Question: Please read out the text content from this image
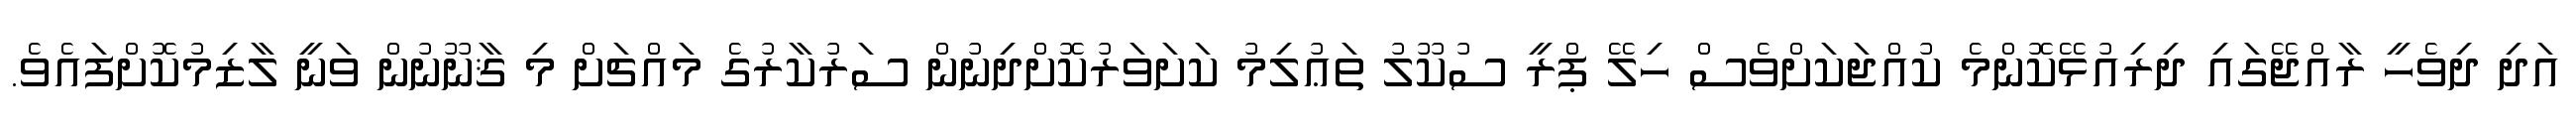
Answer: އަދި ދިވެހީ ރާއްޖޭގައި ދިރިއުޅޭކޮންމެ ކުއްޖަކަށްވެސް ހިލޭ ޕްރީ ސުކޫލު ތަޢުލިމު ކަށަވަރުކޮށްދިނުން ސަރުކާރުގެ މައްޗަށް މި ޤާނޫނުން ވަނީ ލާޒިމުކޮށްފައެވެ.